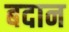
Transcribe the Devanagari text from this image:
बदान